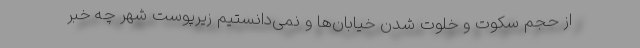
از حجم سکوت و خلوت شدن خیابان‌ها و نمی‌دانستیم زیرپوست شهر چه خبر